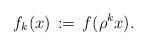
LaTeX: \begin{align*}f_k(x)\,:=\, f(\rho^kx).\end{align*}